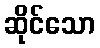
ဆိုင်သော